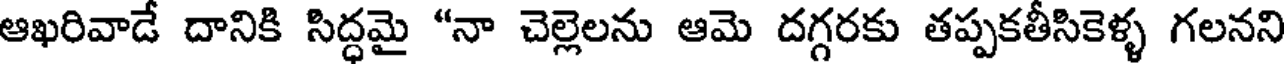
ఆఖరివాడే దానికి సిద్ధమై "నా చెల్లెలను ఆమె దగ్గరకు తప్పకతీసికెళ్ళ గలనని